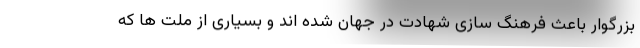
بزرگوار باعث فرهنگ سازی شهادت در جهان شده اند و بسیاری از ملت ها که